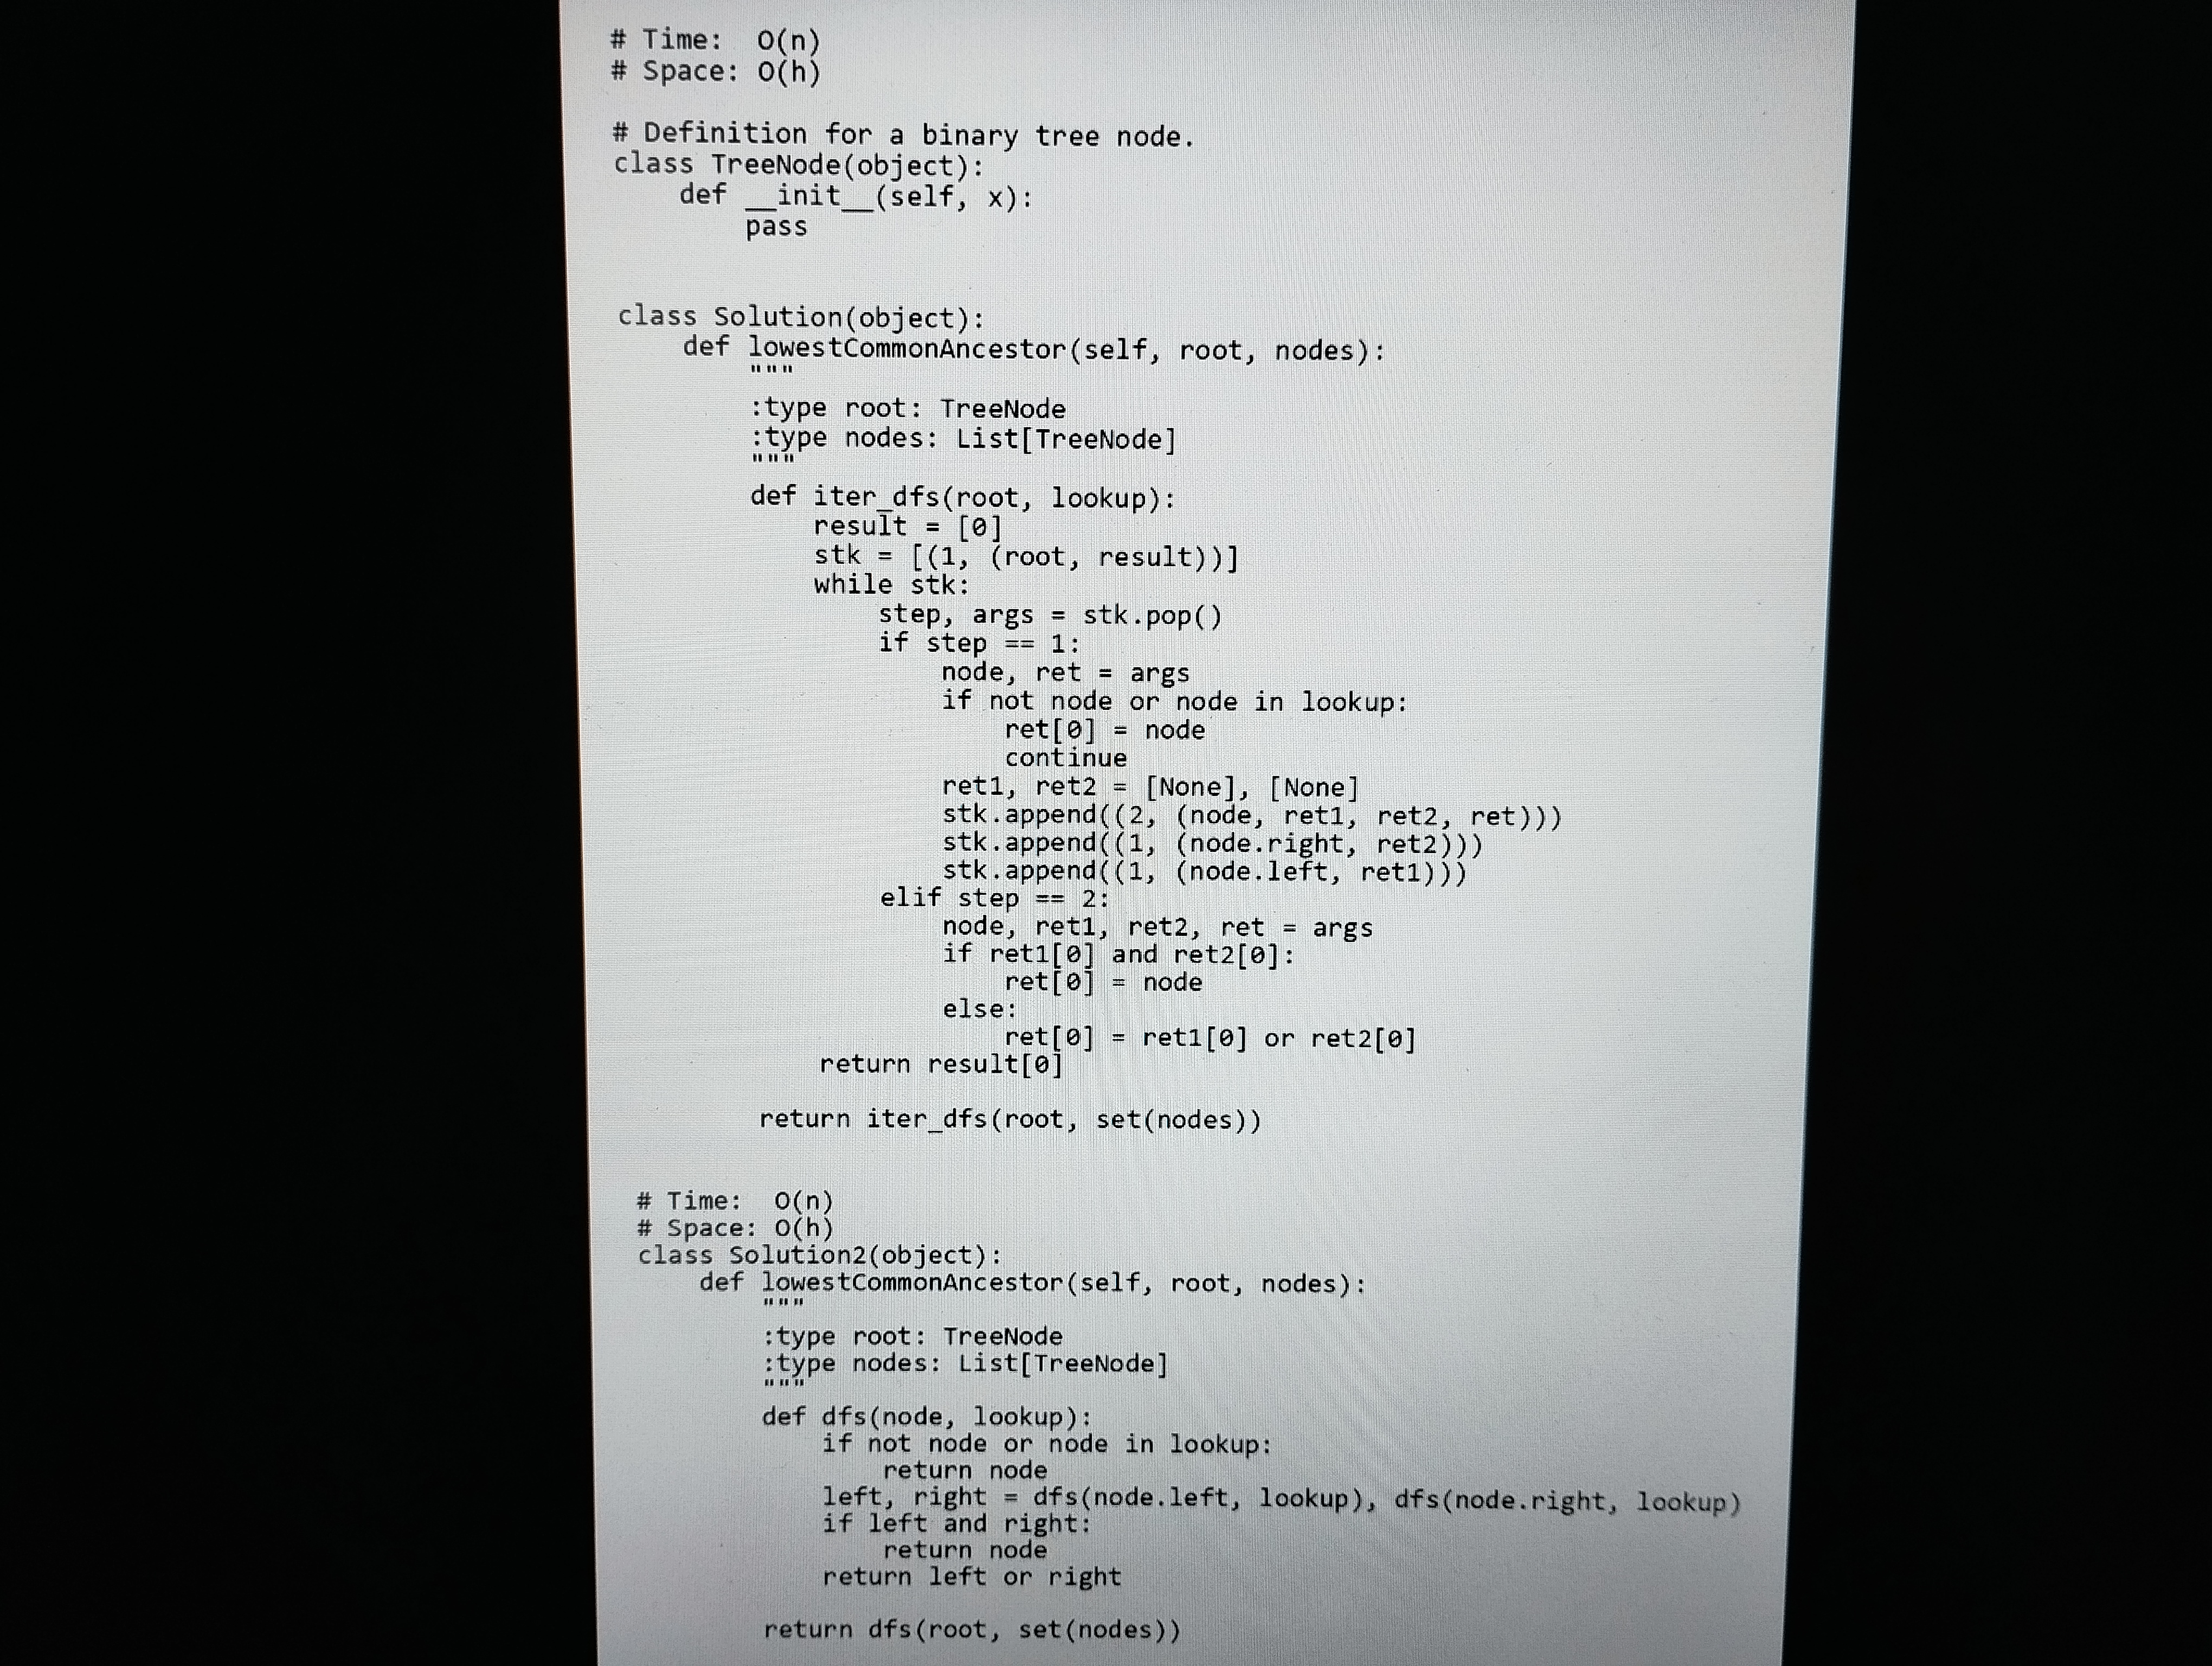
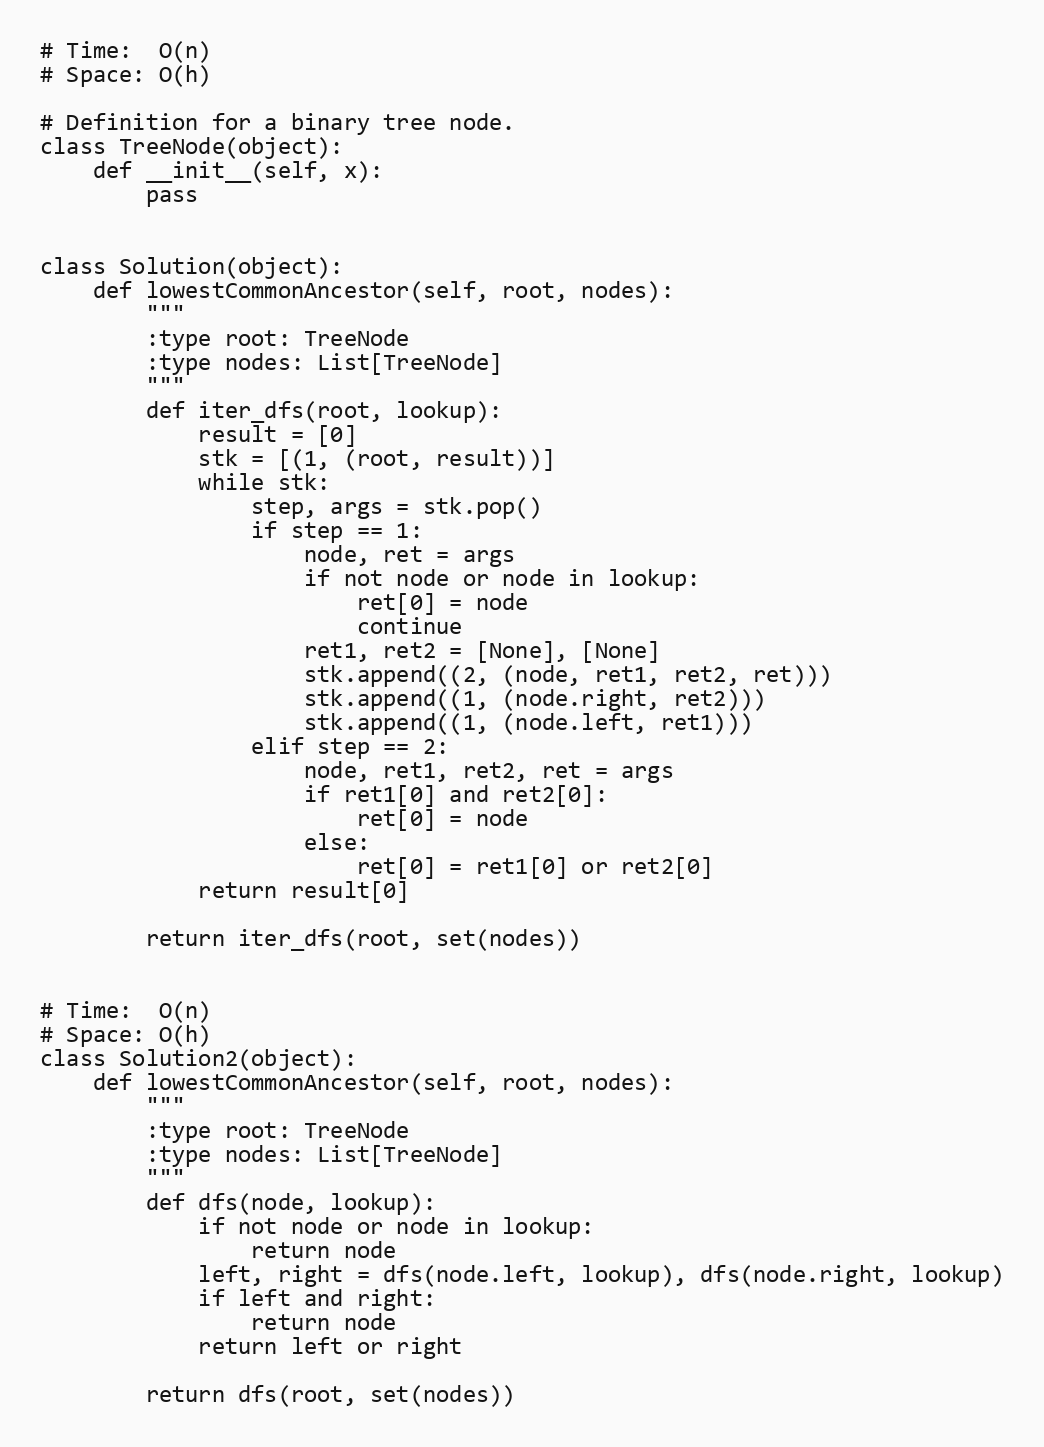
# Time:  O(n)
# Space: O(h)

# Definition for a binary tree node.
class TreeNode(object):
    def __init__(self, x):
        pass

class Solution(object):
    def lowestCommonAncestor(self, root, nodes):
        """
        :type root: TreeNode
        :type nodes: List[TreeNode]
        """
        def iter_dfs(root, lookup):
            result = [0]
            stk = [(1, (root, result))]
            while stk:
                step, args = stk.pop()
                if step == 1:
                    node, ret = args
                    if not node or node in lookup:
                        ret[0] = node
                        continue
                    ret1, ret2 = [None], [None]
                    stk.append((2, (node, ret1, ret2, ret)))
                    stk.append((1, (node.right, ret2)))
                    stk.append((1, (node.left, ret1)))
                elif step == 2:
                    node, ret1, ret2, ret = args
                    if ret1[0] and ret2[0]:
                        ret[0] = node
                    else:
                        ret[0] = ret1[0] or ret2[0]
            return result[0]

        return iter_dfs(root, set(nodes))

# Time:  O(n)
# Space: O(h)
class Solution2(object):
    def lowestCommonAncestor(self, root, nodes):
        """
        :type root: TreeNode
        :type nodes: List[TreeNode]
        """
        def dfs(node, lookup):
            if not node or node in lookup:
                return node
            left, right = dfs(node.left, lookup), dfs(node.right, lookup)
            if left and right:
                return node
            return left or right

        return dfs(root, set(nodes))